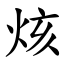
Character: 烗